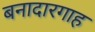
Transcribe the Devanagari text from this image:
बनादारगाह